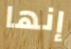
إنها